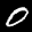
Label: 0